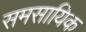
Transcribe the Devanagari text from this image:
समसायिक